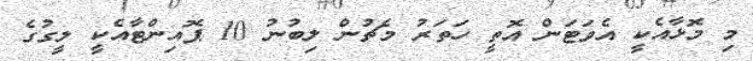
މި މޮޅާއެކީ އެވަޓަން އޮތީ ހަތަރު މެޗުން ލިބުނު 10 ޕޮއިންޓާއެކީ ލީގުގެ